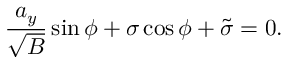
\frac { a _ { y } } { \sqrt B } \sin \phi + \sigma \cos \phi + \tilde { \sigma } = 0 .